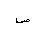
Letter: _sad